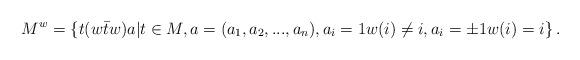
LaTeX: \begin{align*}M^{w}=\left\{ t(w\bar{t}w)a|t\in M,a=(a_{1},a_{2},...,a_{n}),a_{i}=1w(i)\neq i,a_{i}=\pm1w(i)=i\right\} .\end{align*}